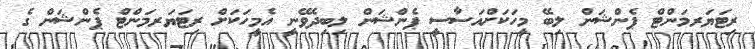
ރިޓަޔަރމަންޓް ޕެންޝަން ލިބޭ މީހަކަށްއަސާސީ ޕެންޝަން ލިބިދެވޭނީ އެމީހަކަށް ރިޓަޔަރމަންޓް ޕެންޝަން ގެ